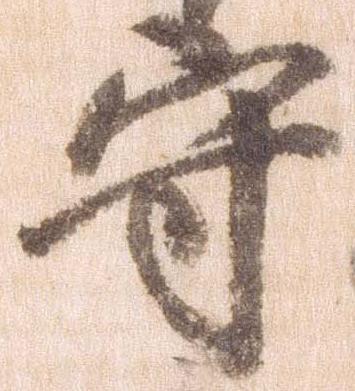
守